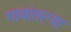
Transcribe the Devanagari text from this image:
गावांतल्या